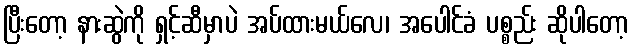
ပြီးတော့ နားဆွဲကို ရှင့်ဆီမှာပဲ အပ်ထားမယ်လေ၊ အပေါင်ခံ ပစ္စည်း ဆိုပါတော့